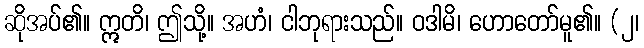
ဆိုအပ်၏။ ဣတိ၊ ဤသို့။ အဟံ၊ ငါဘုရားသည်။ ဝဒါမိ၊ ဟောတော်မူ၏။ (၂၊